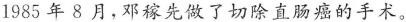
1985年8月，邓稼先做了切除直肠癌的手术。